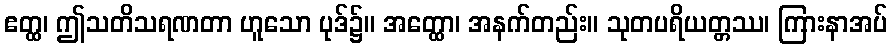
ဧတ္ထ၊ ဤသတိသရဏတာ ဟူသော ပုဒ်၌။ အတ္ထော၊ အနက်တည်း။ သုတပရိယတ္တဿ၊ ကြားနာအပ်